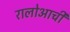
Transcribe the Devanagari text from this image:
रालोआची